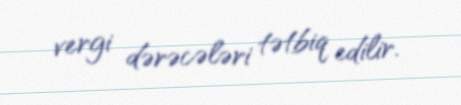
vergi dərəcələri tətbiq edilir.